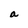
Character: a